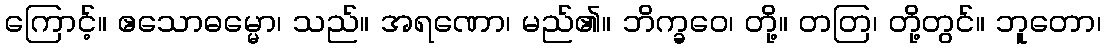
ကြောင့်။ ဧသောဓမ္မော၊ သည်။ အရဏော၊ မည်၏။ ဘိက္ခဝေ၊ တို့။ တတြ၊ တို့တွင်။ ဘူတော၊